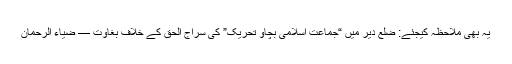
یہ بھی ملاحظہ کیجئے: ضلع دیر میں “جماعت اسلامی بچاو تحریک” کی سراج الحق کے خلاف بغاوت — ضیاء الرحمان